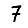
Digit: 7